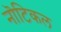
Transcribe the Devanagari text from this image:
नॊटिकल